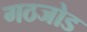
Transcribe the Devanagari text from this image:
गठजोड